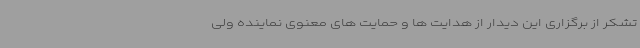
تشکر از برگزاری این دیدار از هدایت ها و حمایت های معنوی نماینده ولی